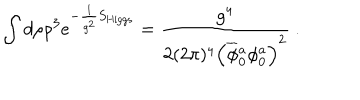
LaTeX: \int d \rho \rho ^ { 3 } e ^ { - \frac { 1 } { g ^ { 2 } } S _ { \mathrm { H i g g s } } } = \frac { g ^ { 4 } } { 2 ( 2 \pi ) ^ { 4 } \Big ( \overline { { \phi } } { } _ { 0 } ^ { a } \phi _ { 0 } ^ { a } \Big ) ^ { 2 } } ~ .